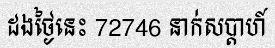
ដងថ្ងៃនេះ 72746 នាក់សប្តាហ៍